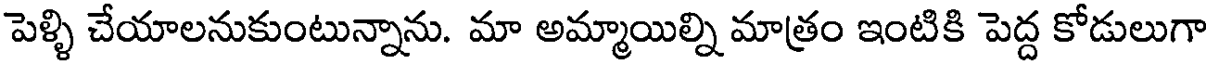
పెళ్ళి చేయాలనుకుంటున్నాను. మా అమ్మాయిల్ని మాత్రం ఇంటికి పెద్ద కోడులుగా